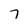
Character: 7